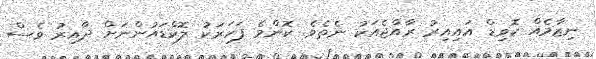
ނިޒާމެއް ކޮވިޑް އައިއިރު ރާއްޖެއަކު ނެތެވެ. ކޮންމެ ފަހަރަކު ލޮކްޑައުންނަށް ދާއިރު ވެސް